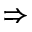
\Rightarrow